system: You are a helpful assistant.
user:
Analyze the provided spectrum to determine if it is a **"Cataclysmic Variables (CV)"**.

- **Key Indicators for CV (Check for either state):**
    - **State 1: Quiescent / Low-State (Emission-Dominated)**
        - **(Primary):** Strong and *very broad* Hydrogen Balmer emission lines (e.g., $H\alpha$ at 6563 Å, $H\beta$ at 4861 Å). The 'broadness' (high velocity dispersion, often FWHM > 1000 km/s) is the key diagnostic, indicating a high-velocity accretion disk.
        - **(Secondary):** Broad neutral Helium (He I) emission lines (e.g., 5876 Å, 6678 Å).
        - **(Key Confirmation):** Presence of high-excitation *ionized* Helium (He II) emission at 4686 Å. This is a strong indicator of accretion onto a white dwarf.
        - **(Line Profile):** Emission lines may exhibit a 'double-peaked' profile, which is a classic signature of a rotating accretion disk viewed at high inclination.

    - **State 2: Outburst / High-State (Absorption-Dominated)**
        - **(Primary):** Spectrum is dominated by a bright, blue continuum (looks like a hot star).
        - **(Secondary):** The emission lines from State 1 are weak, absent, or 'filled in', and are replaced by broad, shallow *absorption* lines (primarily Balmer and He I).
        - **(Morphology):** The overall spectrum mimics a hot B/A-type star. The crucial difference is that the absorption lines are significantly broader, shallower, and more 'washed-out' (or 'smeared') than the sharp lines of a normal stellar photosphere, due to high rotational speeds and pressure broadening in the disk.

Think first, call **spectral_visualization_tool** if needed to examine features in detail, then provide your final answer. Your response must adhere to the following strict rules:
1.  **Overall Structure:** Your response must follow the format `<think>...</think> <tool_call>...</tool_call> (if a tool is used) <answer>...</answer>`.
2.  **Tool Usage Constraint:** You may only make **one** tool call per turn.
3.  **Final Answer Format:** In the `<answer>` tag, your conclusion must be inside a `\boxed{}` command (e.g., `\boxed{YES}`), followed by your justification.

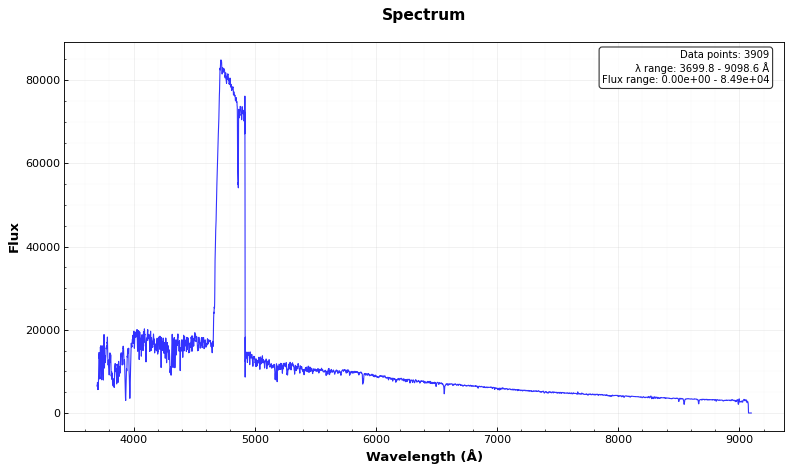
Answer: NO